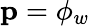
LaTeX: \mathbf{p}=\phi_{w}